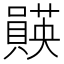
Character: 𫬡